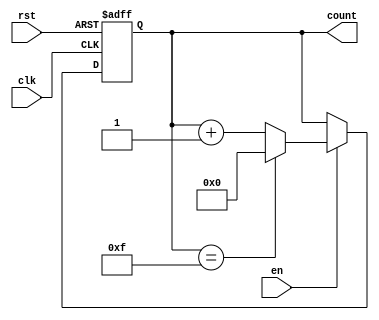
module up_counter_with_enable #(
    parameter WIDTH = 4  // Parameter to define the width of the counter
)(
    input wire clk,      // Clock signal
    input wire en,       // Enable signal
    input wire rst,      // Asynchronous reset signal
    output reg [WIDTH-1:0] count // Current count value
);

// Asynchronous reset and counting logic
always @(posedge clk or posedge rst) begin
    if (rst) begin
        count <= 0; // Reset the counter to 0
    end else if (en) begin
        if (count == (1 << WIDTH) - 1) begin
            count <= 0; // Wrap around to 0 when max value is reached
        end else begin
            count <= count + 1; // Increment the counter
        end
    end
end

endmodule